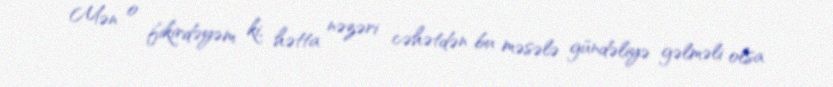
Mən o fikirdəyəm ki, hətta nəzəri cəhətdən bu məsələ gündəliyə gəlməli olsa